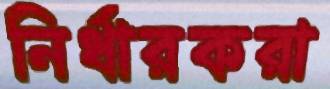
নির্ধারকরা